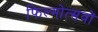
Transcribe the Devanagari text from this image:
फिल्मोत्सवों